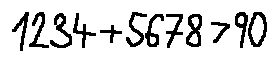
1 2 3 4 + 5 6 7 8 > 9 0